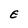
Character: E